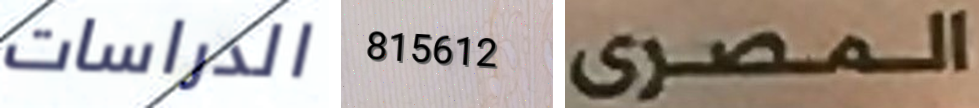
الدراسات 815612 المصرى